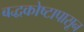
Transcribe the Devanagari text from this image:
बद्धकोष्टापासून